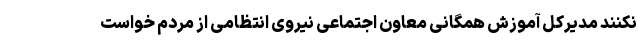
نکنند مدیرکل آموزش همگانی معاون اجتماعی نیروی انتظامی از مردم خواست